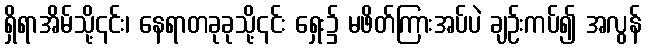
ရှိရာအိမ်သို့၎င်း၊ နေရာတခုခုသို့၎င်း ရှေး၌ မဖိတ်ကြားအပ်ပဲ ချဉ်းကပ်၍ အလွန်